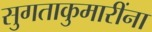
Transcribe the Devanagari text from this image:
सुगताकुमारींना